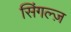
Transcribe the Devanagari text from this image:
सिंगल्ज़